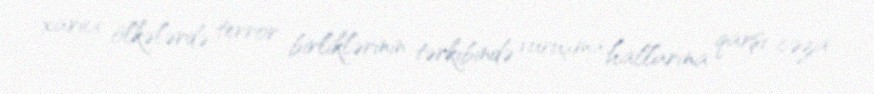
xarici ölkələrdə terror birliklərinin tərkibində vuruşma hallarına qarşı cəza